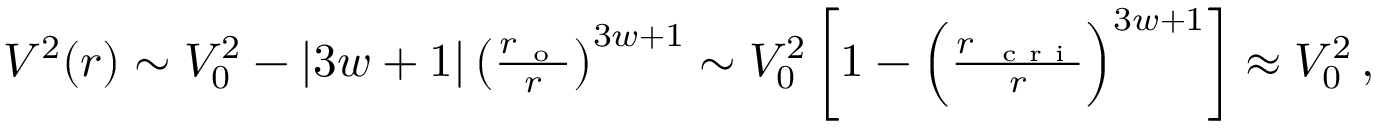
\begin{array} { r } { V ^ { 2 } ( r ) \sim V _ { 0 } ^ { 2 } - \left| 3 w + 1 \right| \left( \frac { r _ { \mathrm { ~ o ~ } } } { r } \right) ^ { 3 w + 1 } \sim V _ { 0 } ^ { 2 } \left[ 1 - \Big ( \frac { r _ { \mathrm { ~ \scriptsize ~ c ~ r ~ i ~ } } } { r } \Big ) ^ { 3 w + 1 } \right] \approx V _ { 0 } ^ { 2 } \, , } \end{array}